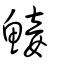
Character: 鯜